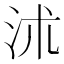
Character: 沭